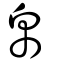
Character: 帛